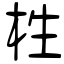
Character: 栍